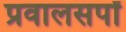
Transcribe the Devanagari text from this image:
प्रवालसर्पों